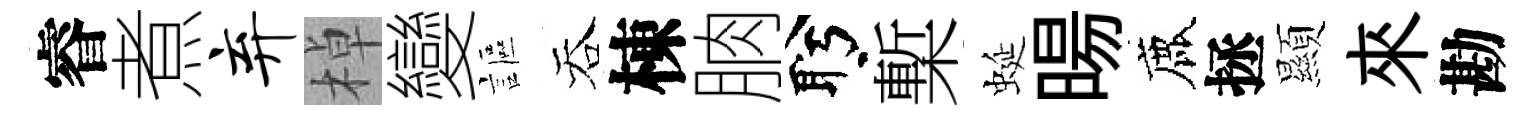
睿煮弃棹變謳吞棟朒盻槧蜒暘鹿拯顯來勘